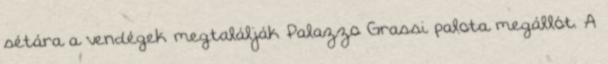
sétára a vendégek megtalálják Palazzo Grassi palota megállót. A